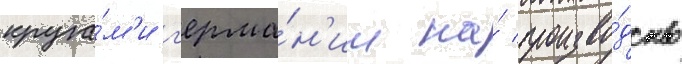
круга́м'и г'ерма́н'ии на́ произво́дство